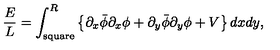
\frac { E } { L } = \int _ { \mathrm { { s q u a r e } } } ^ { R } \left\{ \partial _ { x } \bar { \phi } \partial _ { x } \phi + \partial _ { y } \bar { \phi } \partial _ { y } \phi + V \right\} d x d y ,